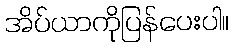
အိပ်ယာကိုပြန်ပေးပါ။